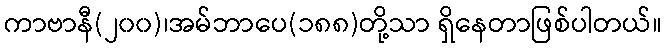
ကာဗာနီ(၂၀၀)၊အမ်ဘာပေ(၁၈၈)တို့သာ ရှိနေတာဖြစ်ပါတယ်။